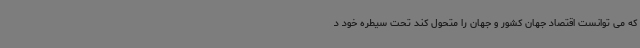
که می توانست اقتصاد جهان کشور و جهان را متحول کند تحت سیطره خود د